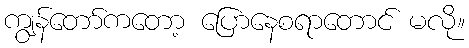
ကျွန်တော်ကတော့ ပြောနေစရာတောင် မလို။